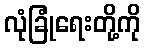
လုံခြုံရေးတို့ကို